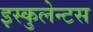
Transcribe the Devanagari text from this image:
इस्कुलेन्टस